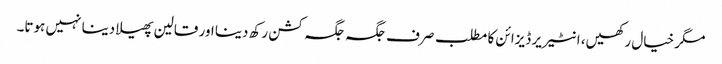
مگر خیال رکھیں، انٹیریر ڈیزائن کا مطلب صرف جگہ جگہ کشن رکھ دینا اور قالین پھیلا دینا نہیں ہوتا۔